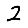
Digit: 2